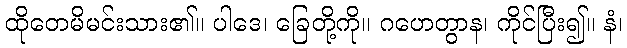
ထိုတေမိမင်းသား၏။ ပါဒေ၊ ခြေတို့ကို။ ဂဟေတွာန၊ ကိုင်ပြီး၍။ နံ၊